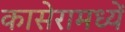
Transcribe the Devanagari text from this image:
कासेरामध्यें